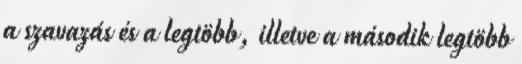
a szavazás és a legtöbb, illetve a második legtöbb